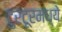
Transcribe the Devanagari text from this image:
टुरटूरमध्ये